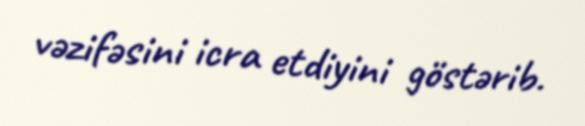
vəzifəsini icra etdiyini göstərib.